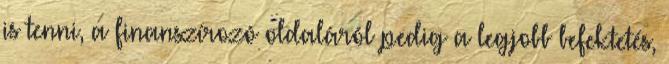
is tenni, a finanszírozó oldaláról pedig a legjobb befektetés,